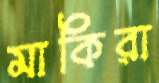
মাকিরা